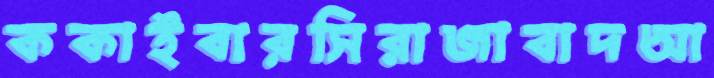
ককাইবারসিরাজাবাদআ